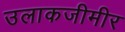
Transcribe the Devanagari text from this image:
उलाकजीमीर